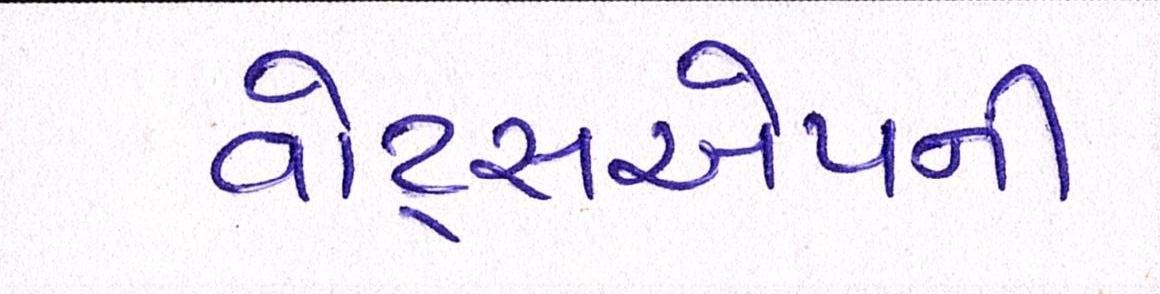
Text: વોટ્સએપની